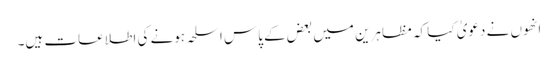
انھوں نے دعویٰ کیا کہ مظاہرین میں بعض کے پاس اسلحہ ہونے کی اطلاعات ہیں۔